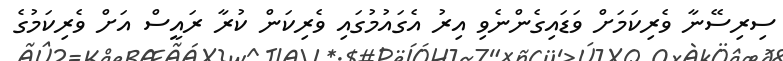
ސިރިސޭނާ ވެރިކަމަށް ވަޑައިގެންނެވި އިރު އެގައުމުގައި ވެރިކަން ކުރާ ރައީސް އަށް ވެރިކަމުގެ